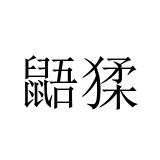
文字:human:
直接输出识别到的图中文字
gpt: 鼯猱